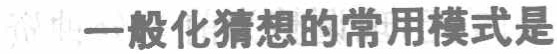
猜想一般化猜想的常用模式是